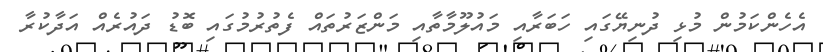
އެހެންކަމުން މުޅި ދުނިޔޭގައި ހަބަރާއި މައުލޫމާތާއި މަންޒަރުތައް ފެތުރުމުގައި ބޮޑު ދައުރެއް އަދާކުރާ